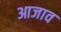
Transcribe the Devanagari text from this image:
आजाव